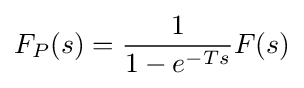
F_{P}(s)={\frac {1}{1-e^{-Ts}}}F(s)